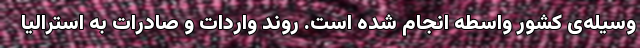
وسیله‌ی کشور واسطه انجام شده است. روند واردات و صادرات به استرالیا